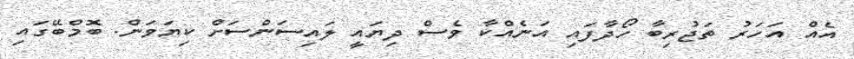
އެއް އަހަރު ތަޖުރިބާ ހޯދާފައި އަނެއްކާ ވެސް ދިޔައީ ލައިސަންސަށް ކިޔަވަން. ބޮމްބޭގައި